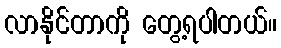
လာနိုင်တာကို တွေ့ရပါတယ်။